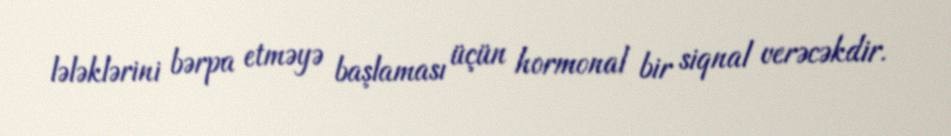
lələklərini bərpa etməyə başlaması üçün hormonal bir siqnal verəcəkdir.